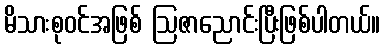
မိသားစုဝင်အဖြစ် ဩဇာညောင်းပြီးဖြစ်ပါတယ်။